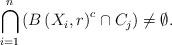
LaTeX: \begin{align*}\bigcap_{i=1}^{n}\left( B\left( X_{i},r\right) ^{c}\cap C_{j}\right) \neq\emptyset . \end{align*}